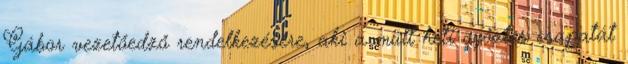
Gábor vezetőedző rendelkezésére, aki a múlt heti győztes csapatát